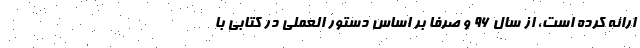
ارائه کرده است، از سال ۹۶ و صرفاً بر اساس دستور العملی در کتابی با